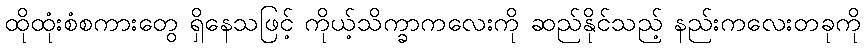
ထိုထုံးစံစကားတွေ ရှိနေသဖြင့် ကိုယ့်သိက္ခာကလေးကို ဆည်နိုင်သည့် နည်းကလေးတခုကို